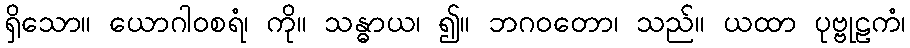
ရှိသော။ ယောဂါဝစရံ၊ ကို။ သန္ဓာယ၊ ၍။ ဘဂဝတော၊ သည်။ ယထာ ပုဗ္ဗုဠကံ၊